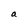
Character: a